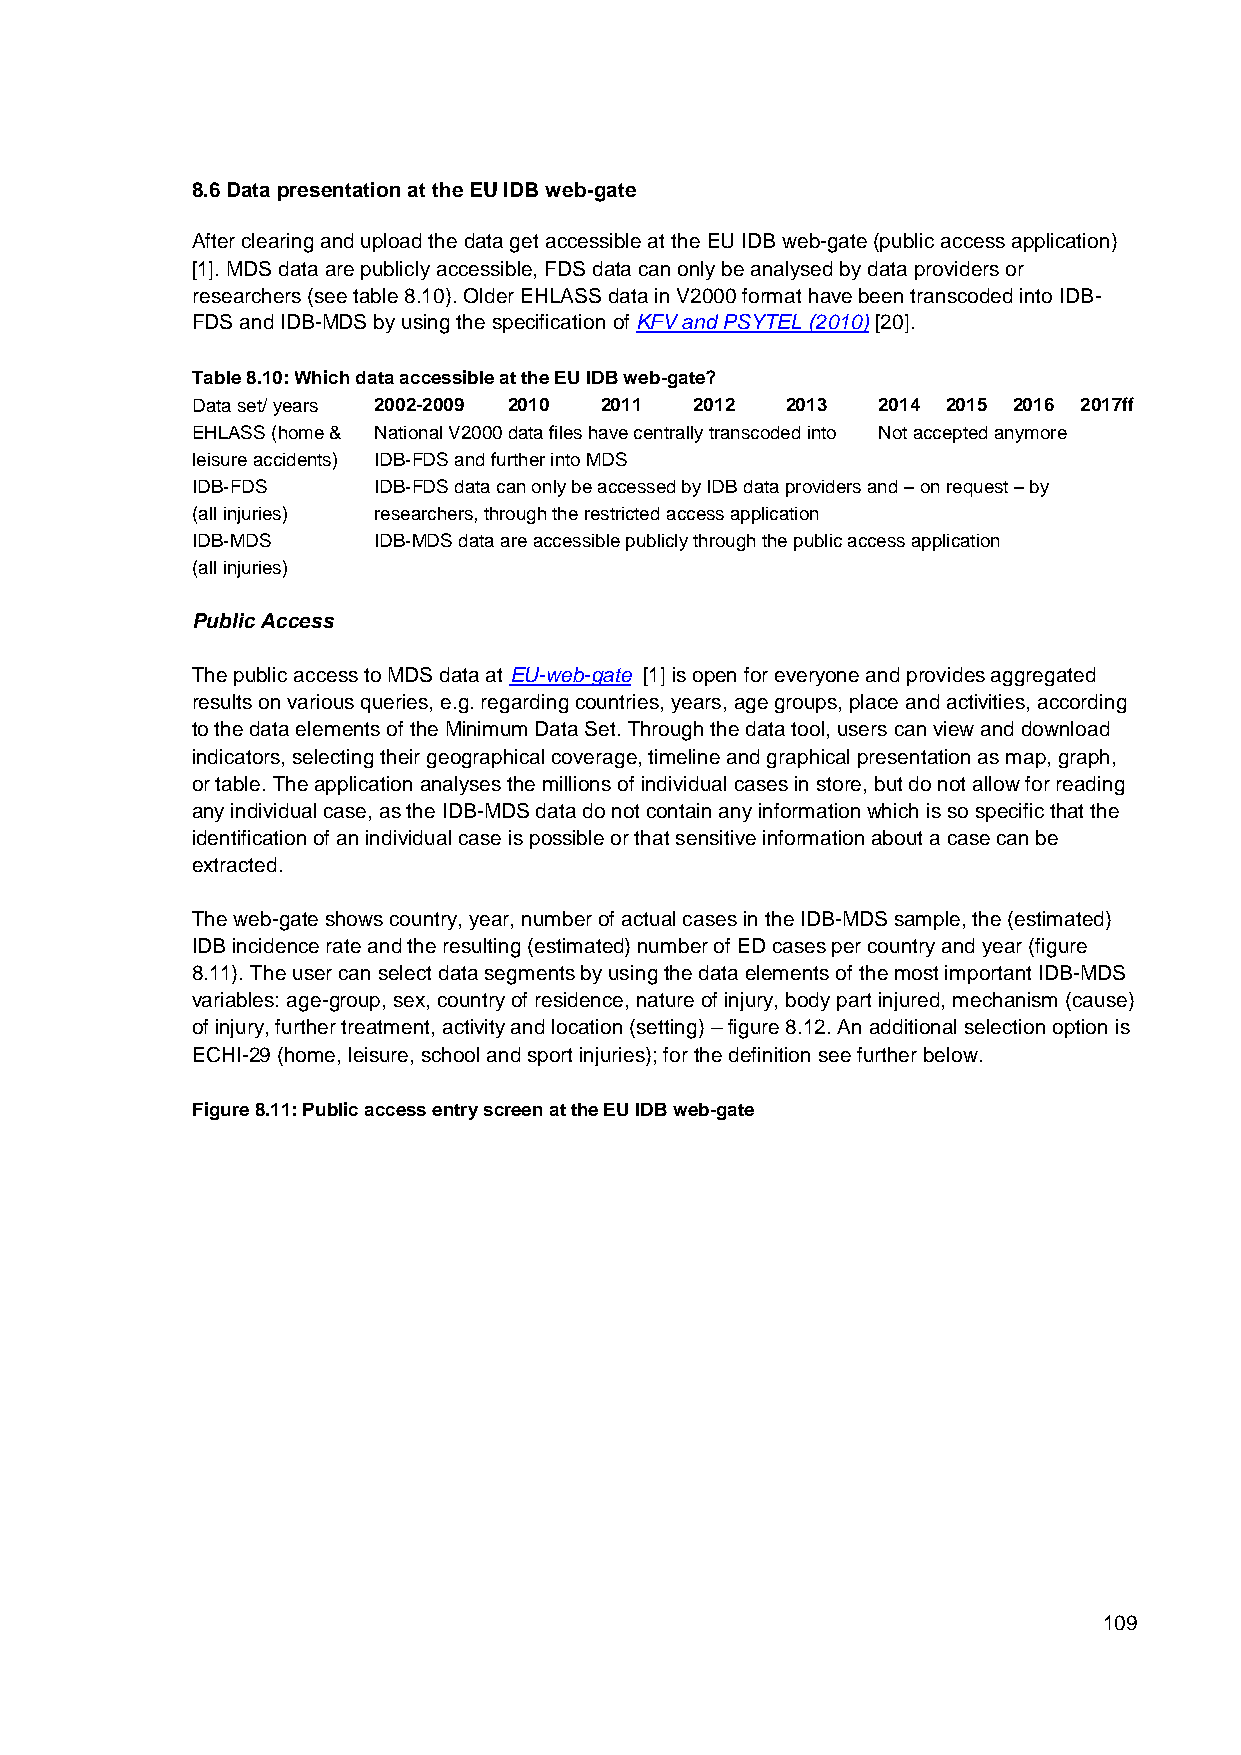
8.6 Data presentation at the EU IDB web-gate
 After clearing and upload the data get accessible at the EU IDB web-gate (public access application)
 [1]. MDS data are publicly accessible, FDS data can only be analysed by data providers or
 researchers (see table 8.10). Older EHLASS data in V2000 format have been transcoded into IDB-
 FDS and IDB-MDS by using the specification of KFV and PSYTEL (2010) [20].
 Table 8.10: Which data accessible at the EU IDB web-gate?
 Data set/ years 2002-2009 2010 2011 2012 2013 2014 2015 2016 2017ff
 EHLASS (home & National V2000 data files have centrally transcoded into Not accepted anymore
 leisure accidents) IDB-FDS and further into MDS
 IDB-FDS     IDB-FDS data can only be accessed by IDB data providers and – on request – by
 (all injuries) researchers, through the restricted access application
 IDB-MDS     IDB-MDS data are accessible publicly through the public access application
 (all injuries)
 Public Access
 The public access to MDS data at EU-web-gate [1] is open for everyone and provides aggregated
 results on various queries, e.g. regarding countries, years, age groups, place and activities, according
 to the data elements of the Minimum Data Set. Through the data tool, users can view and download
 indicators, selecting their geographical coverage, timeline and graphical presentation as map, graph,
 or table. The application analyses the millions of individual cases in store, but do not allow for reading
 any individual case, as the IDB-MDS data do not contain any information which is so specific that the
 identification of an individual case is possible or that sensitive information about a case can be
 extracted.
 The web-gate shows country, year, number of actual cases in the IDB-MDS sample, the (estimated)
 IDB incidence rate and the resulting (estimated) number of ED cases per country and year (figure
 8.11). The user can select data segments by using the data elements of the most important IDB-MDS
 variables: age-group, sex, country of residence, nature of injury, body part injured, mechanism (cause)
 of injury, further treatment, activity and location (setting) – figure 8.12. An additional selection option is
 ECHI-29 (home, leisure, school and sport injuries); for the definition see further below.
 Figure 8.11: Public access entry screen at the EU IDB web-gate
 109